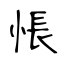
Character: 悵